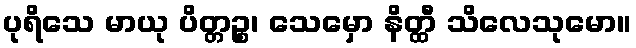
ပုရိသေ မာယု ပိတ္တဉ္စ၊ သေမှော နိတ္ထီ သိလေသုမော။